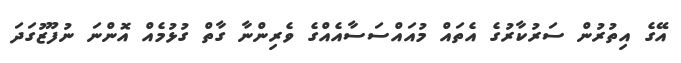
އޭގެ އިތުރުން ސަރުކާރުގެ އެތައް މުއައްސަސާއެއްގެ ވެރިންނާ ގާތް ގުޅުމެއް އޮންނަ ނުފޫޒުގަދަ